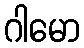
ဂါမော